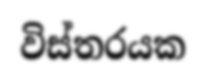
විස්තරයක